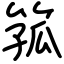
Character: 箛